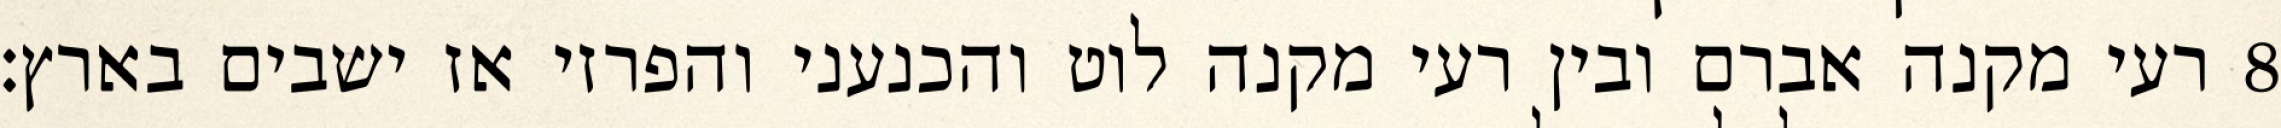
רעי מקנה אברם ובין רעי מקנה לוט והכנעני והפרזי אז ישבים בארץ׃ ‎8‏